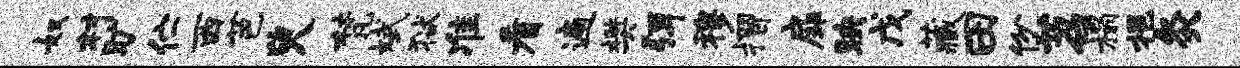
奴村旷伫西芭臾梵斌狱准看遍樊弭穆摺扉映戊藏田份苕榻挹灸